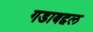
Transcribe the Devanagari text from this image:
गडाबद्दल